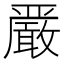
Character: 𫿞